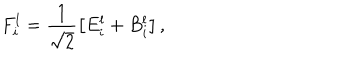
LaTeX: F _ { i } ^ { l } = \frac { 1 } { \sqrt { 2 } } \left[ E _ { i } ^ { l } + B _ { i } ^ { l } \right] ,